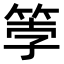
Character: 𫂀